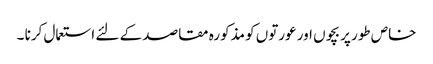
خاص طور پر بچوں اور عورتوں کو مذکورہ مقاصد کے لئے استعمال کرنا ۔